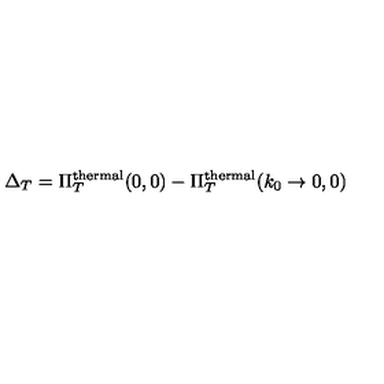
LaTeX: \Delta _ { T } = \Pi _ { T } ^ { \mathrm { t h e r m a l } } ( 0 , 0 ) - \Pi _ { T } ^ { \mathrm { t h e r m a l } } ( k _ { 0 } \rightarrow 0 , 0 )